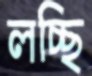
লচ্ছি